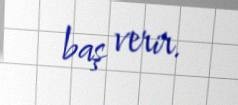
baş verir.